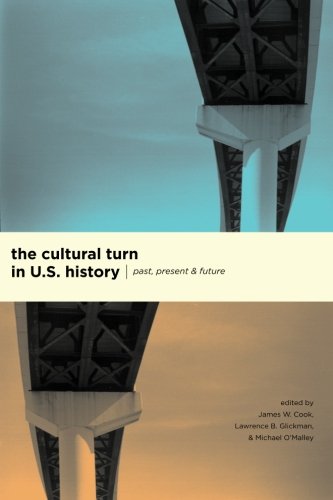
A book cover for The Cultural Turn in U. S. History: Past, Present, and Future; History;